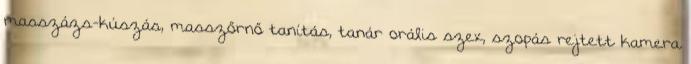
masszázs-kúszás, masszőrnő tanítás, tanár orális szex, szopás rejtett kamera